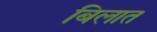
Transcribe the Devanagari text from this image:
बिलात